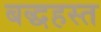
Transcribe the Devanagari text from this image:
बद्धहस्त